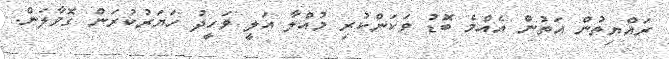
ރައްޔިތުން އަތުން އެއްމެ ބޮޑު ވަކަންކުރި މުއްލާ އަލީ ވަހީދު ހަޔަރުކުރަން ގޮވާލަން.